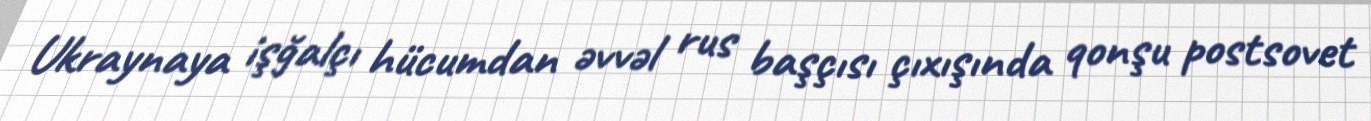
Ukraynaya işğalçı hücumdan əvvəl rus başçısı çıxışında qonşu postsovet